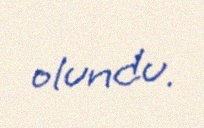
olundu.